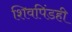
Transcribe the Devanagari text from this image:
शिवपिंडही